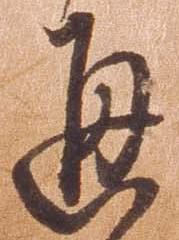
通